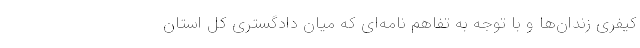
کیفری زندان‌ها و با توجه به تفاهم نامه‌ای که میان دادگستری کل استان